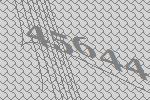
45644